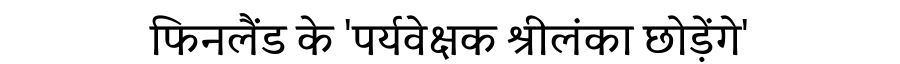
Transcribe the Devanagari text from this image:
फिनलैंड के 'पर्यवेक्षक श्रीलंका छोड़ेंगे'